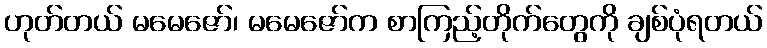
ဟုတ်တယ် မမေဇော်၊ မမေဇော်က စာကြည့်တိုက်တွေကို ချစ်ပုံရတယ်